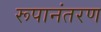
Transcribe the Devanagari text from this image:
रूपानंतरण